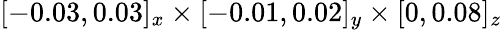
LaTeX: [-0.03,0.03]_{x}\times[-0.01,0.02]_{y}\times[0,0.08]_{z}